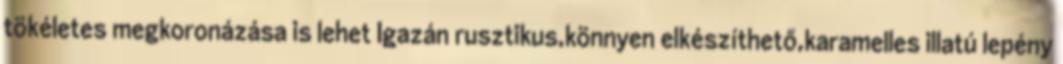
tökéletes megkoronázása is lehet Igazán rusztikus,könnyen elkészíthető,karamelles illatú lepény